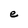
Character: e